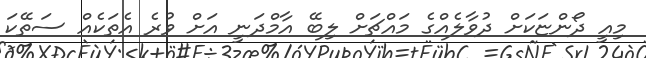
މިއީ ދޯންޏަކަށް ދުވާލެއްގެ މައްޗަށް ލިބޭ އާމްްދަނީ އަށް ވުރެ އެތަކެއް ސަތޭކަ